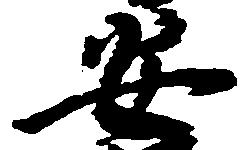
安